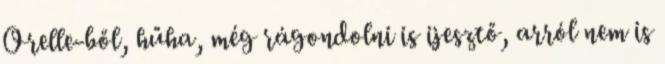
Orelle-ből, hűha, még rágondolni is ijesztő, arról nem is